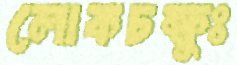
লোকচক্ষুঃ